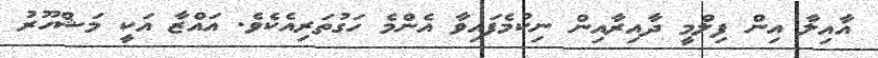
އާއިލާ އިން ފިލްމީ ދާއިރާއިން ނިކުމެފައިވާ އެންމެ ހަގުތަރިއެކެވެ. އައްޒާ އަކީ މަޝްހޫރު